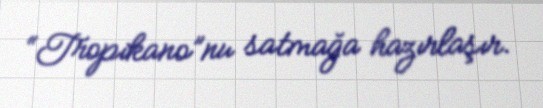
“Tropikano”nu satmağa hazırlaşır.